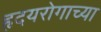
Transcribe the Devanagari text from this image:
हृदयरोगाच्या